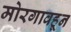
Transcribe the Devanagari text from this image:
मोरगावहून